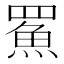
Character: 𩶊